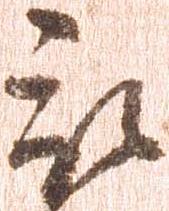
被